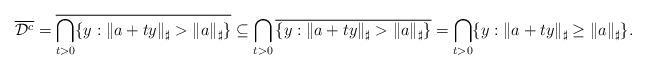
LaTeX: \begin{align*}\overline{\mathcal{D}^c}=\overline{\bigcap_{t>0}\{y:\|a+ty\|_\sharp>\|a\|_\sharp\}}\subseteq\bigcap_{t>0}\overline{\{y:\|a+ty\|_\sharp>\|a\|_\sharp\}}=\bigcap_{t>0}\{y:\|a+ty\|_\sharp\geq\|a\|_\sharp\}.\end{align*}